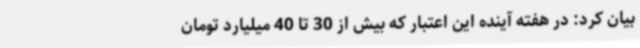
بیان کرد: در هفته آینده این اعتبار که بیش از 30 تا 40 میلیارد تومان